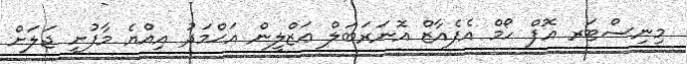
މިނިސްޓަރ އޮފް ހޯމް އެފެއާޒް އޮނަރަބަލް ޢަޒްލީން އަޙްމަދު އިއްޔެ މާފުށީ ޖަލަށް